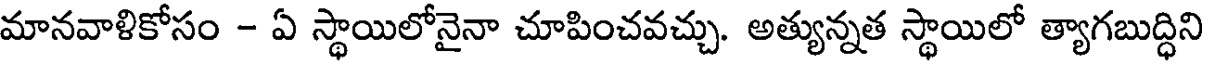
మానవాళికోసం - ఏ స్థాయిలోనైనా చూపించవచ్చు. అత్యున్నత స్థాయిలో త్యాగబుద్ధిని